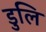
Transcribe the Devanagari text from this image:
डुलि